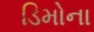
ડિમોના